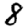
Digit: 8